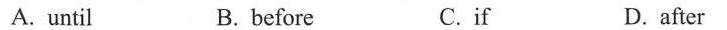
A. until B. before C.if D.after